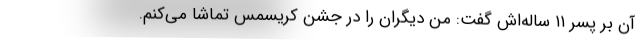
آن بر پسر ۱۱ ساله‌اش گفت: من دیگران را در جشن کریسمس تماشا می‌کنم.